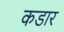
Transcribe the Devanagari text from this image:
कडार